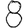
Digit: 8